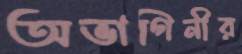
অভাগিনীর